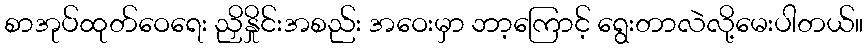
စာအုပ်ထုတ်ဝေရေး ညှိနှိုင်းအစည်း အဝေးမှာ ဘာ့ကြောင့် ရွေးတာလဲလို့မေးပါတယ်။